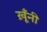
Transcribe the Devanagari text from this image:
ख़ूँनी